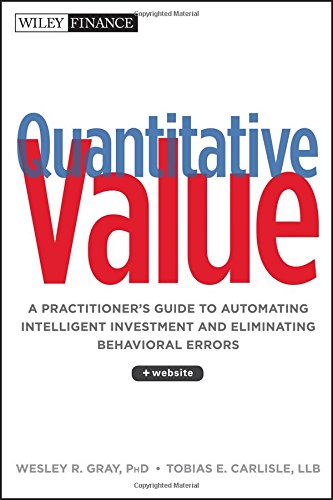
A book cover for Quantitative Value, + Web Site: A Practitioner's Guide to Automating Intelligent Investment and Eliminating Behavioral Errors; Wesley Gray; Business & Money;